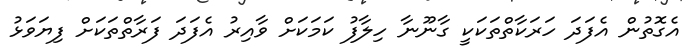
އެގޮތުން އެފަދަ ހަރަކާތްތަކަކީ ގާނޫނާ ހިލާފު ކަމަކަށް ވާއިރު އެފަދަ ފަރާތްތަކަށް ފިޔަވަޅު